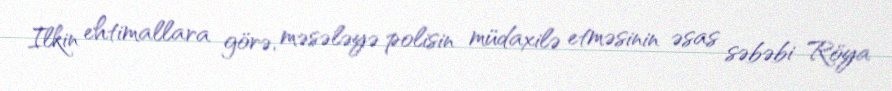
Ilkin ehtimallara görə, məsələyə polisin müdaxilə etməsinin əsas səbəbi Röya